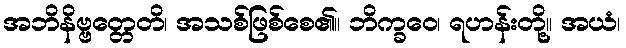
အဘိနိဗ္ဗတ္တေတိ၊ အသစ်ဖြစ်စေ၏။ ဘိက္ခဝေ၊ ရဟန်းတို့။ အယံ၊